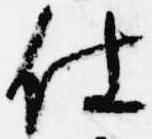
仕